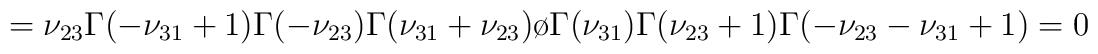
=\nu_{23}{\Gamma(-\nu_{31}+1)\Gamma(-\nu_{23})\Gamma(\nu_{31}+\nu_{23})\o{\Gamma(\nu_{31})\Gamma(\nu_{23}+1)\Gamma(-\nu_{23}-\nu_{31}+1)}}=0